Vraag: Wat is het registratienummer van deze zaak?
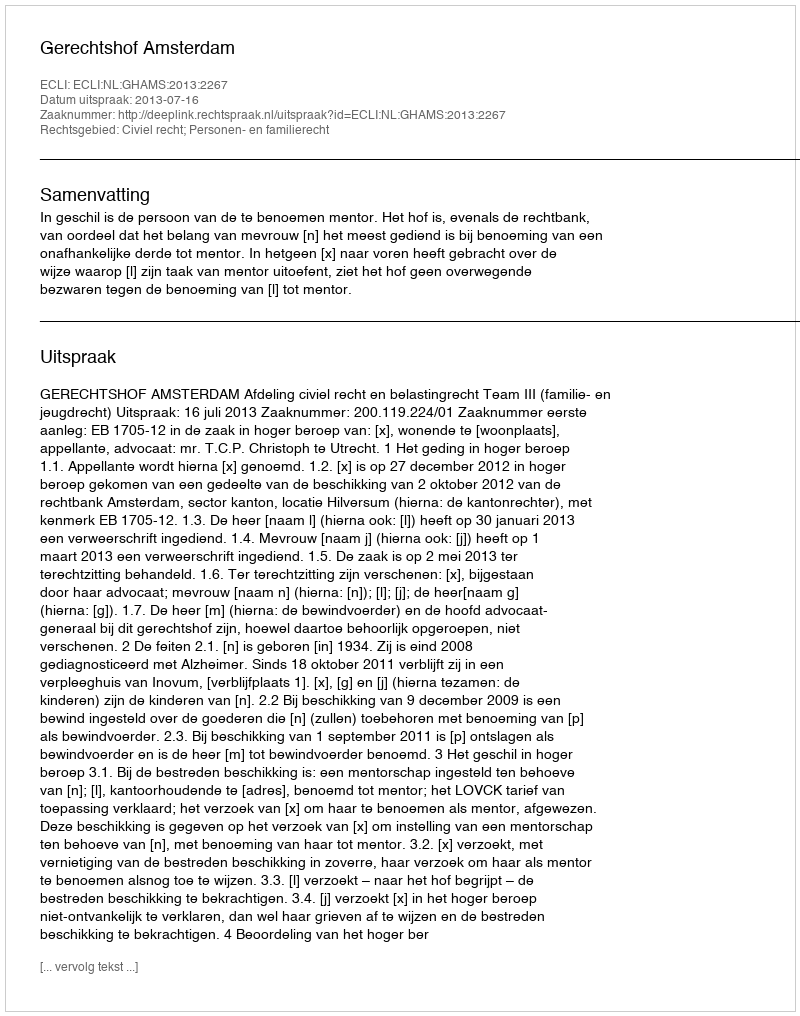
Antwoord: http://deeplink.rechtspraak.nl/uitspraak?id=ECLI:NL:GHAMS:2013:2267